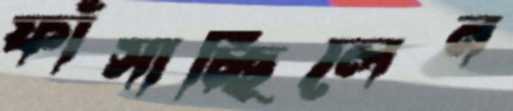
ফাঁসাচ্ছিলেন